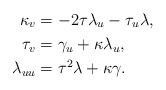
\begin{align*}\kappa_{v} & =-2\tau\lambda_{u}-\tau_{u}\lambda,\\\tau_{v} & =\gamma_{u}+\kappa\lambda_{u},\\\lambda_{uu} & =\tau^{2}\lambda+\kappa\gamma.\end{align*}